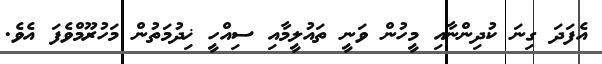
އެފަދަ ގިނަ ކުދިންނާއި މީހުން ވަނީ ތައުލީމާއި ސިއްހީ ޚިދުމަތުން މަހުރޫމްވެފަ އެވެ.